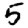
Digit: 5